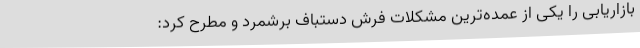
بازاریابی را یکی از عمده‌ترین مشکلات فرش دستباف برشمرد و مطرح کرد: